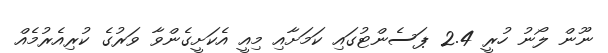
ނޫން ލޯނު ހުރީ 2.4 ޕަސެންޓުގައި ކަމަށާއި މިއީ އެކަށީގެންވާ ވަރުގެ ކުރިއެރުމެއް